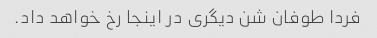
فردا طوفان شن دیگری در اینجا رخ خواهد داد.